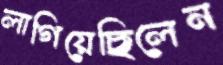
লাগিয়েছিলেন